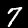
Digit: 7